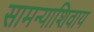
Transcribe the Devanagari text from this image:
सामन्याशिवाय